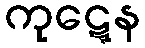
ကုဋ္ဋေန